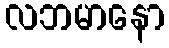
လဘမာနော